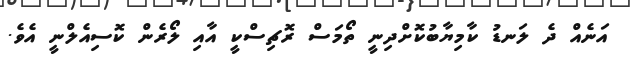
އަނެއް ދެ ލަނޑު ކާމިޔާބުކޮށްދިނީ ތޯމަސް ރޮޗިސްކީ އާއި ލޯރެން ކޮސިއެލްނީ އެވެ.